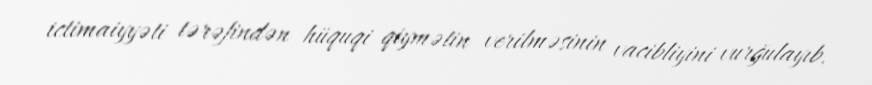
ictimaiyyəti tərəfindən hüquqi qiymətin verilməsinin vacibliyini vurğulayıb.